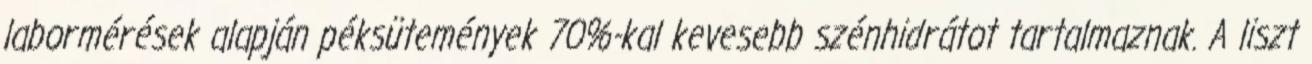
labormérések alapján péksütemények 70%-kal kevesebb szénhidrátot tartalmaznak. A liszt